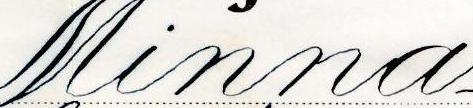
Minna